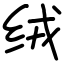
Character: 绒